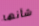
شأنها